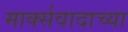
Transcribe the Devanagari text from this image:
मार्क्सवादाच्या